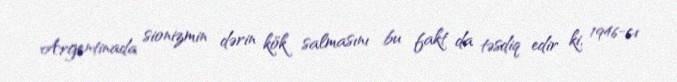
Argentinada sionizmin dərin kök salmasını bu fakt da təsdiq edir ki, 1946-cı